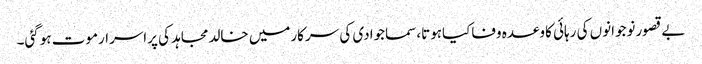
بے قصورنوجوانوں کی رہائی کاوعدہ وفاکیاہوتا،سماجوادی کی سرکارمیں خالدمجاہد کی پراسرارموت ہوگئی۔